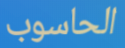
الحاسوب